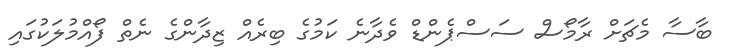
ބާސާ މެޗަށް ރާމޯސް ސަސްޕެންޑް ވެދާނެ ކަމުގެ ބިރެއް ޒިދާންގެ ނެތް ފޯއްމުލަކުގައި